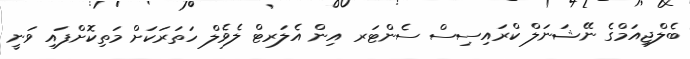
ބެލްޖިއަމްގެ ނޭޝަނަލް ކްރައިސިސް ސެންޓަރ އިން އެލަރޓް ލެވެލް ހަތަރަކަށް މަތިކޮށްފައި ވަނީ